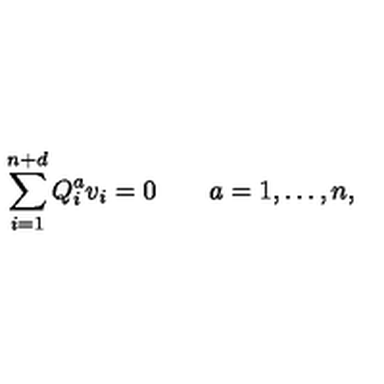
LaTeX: \sum _ { i = 1 } ^ { n + d } Q _ { i } ^ { a } v _ { i } = 0 \qquad a = 1 , \ldots , n ,